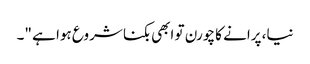
نیا، پرانے کا چورن تو ابھی بکنا شروع ہوا ہے "۔